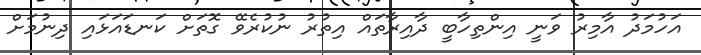
އަހުމަދު އާމިރު ވަނީ އިންތިހާބީ ދާއިރާތައް އިތުރު ނުކުރެވޭ ގޮތަށް ކަނޑައަޅައި ދިނުމަށް